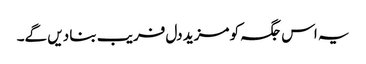
یہ اس جگہ کو مزید دل فریب بنا دیں گے۔